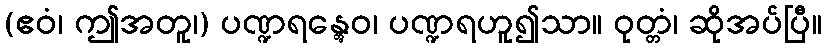
(ဧဝံ၊ ဤအတူ၊) ပဏ္ဍရန္တွေဝ၊ ပဏ္ဍရဟူ၍သာ။ ဝုတ္တံ၊ ဆိုအပ်ပြီ။